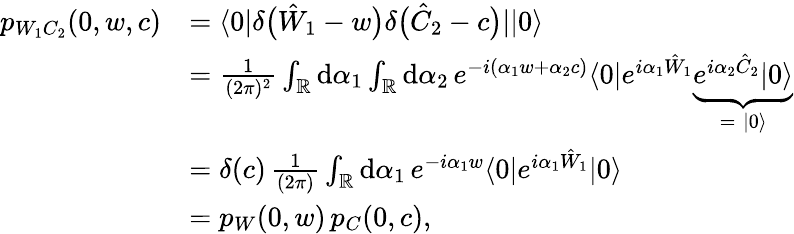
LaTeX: \begin{array}{rl}{p_{W_{1}C_{2}}(0,w,c)}&{=\langle 0|\delta\bigl(\hat{W}_{1}-w\bigr)\delta\bigl(\hat{C}_{2}-c\bigr)||0\rangle}\\ &{=\frac{1}{(2\pi)^{2}}\int_{\mathbb{R}}\mathrm{d}\alpha_{1}\int_{\mathbb{R}}\mathrm{d}\alpha_{2}\, e^{-i\left(\alpha_{1}w+\alpha_{2}c\right)}\langle 0|e^{i\alpha_{1}\hat{W}_{1}}\underbrace{e^{i\alpha_{2}\hat{C}_{2}}|0\rangle}_{=\; |0\rangle}}\\ &{=\delta(c)\, \frac{1}{(2\pi)}\int_{\mathbb{R}}\mathrm{d}\alpha_{1}\, e^{-i\alpha_{1}w}\langle 0|e^{i\alpha_{1}\hat{W}_{1}}|0\rangle}\\ &{=p_{W}(0,w)\, p_{C}(0,c),}\end{array}